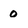
Character: 0